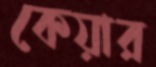
কেয়ার